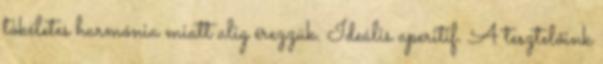
tökéletes harmónia miatt alig érezzük. Ideális aperitif. A tesztelőink